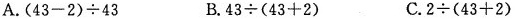
A.$$(43-2)\div43$$ B.$$43\div(43+2)$$ C.$$2\div(43+2)$$